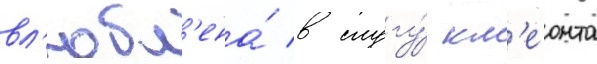
вл'юбл'ена́ в слугу́ кл'еонта